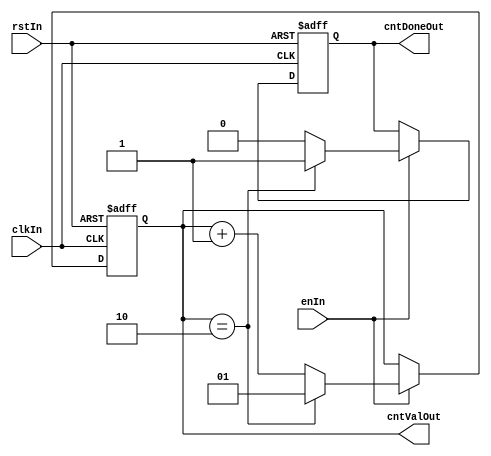
module counter #(
  parameter MAX_CNT = 2, 
  parameter LOOP = 1'b1,
  parameter IS_CNT_DOWN = 1'b0,
  localparam integer CNT_ARR_SIZE = IS_CNT_DOWN?$rtoi($floor($log10(MAX_CNT)/$log10(2)+1)):$rtoi($floor($log10(MAX_CNT)/$log10(2)))
)
(
  input clkIn,
  input rstIn,
  input enIn,
  output cntDoneOut,
  output [CNT_ARR_SIZE:0] cntValOut
);

  // When a parameter is dependent on another parameter, it seems like it will be evaluated last.
  reg [CNT_ARR_SIZE:0] cntValR = 0;
  reg cntDoneR;
  reg enR;

  assign cntDoneOut = cntDoneR;
  assign cntValOut  = cntValR;

  always @ (posedge rstIn, posedge clkIn) begin
    if (rstIn == 1) begin
      cntValR  <= IS_CNT_DOWN?0:MAX_CNT-1;
      cntDoneR <= 0;
      enR      <= 0;
    end

    else if (clkIn == 1) begin
      if (enIn == 1) begin
        cntDoneR <= 0;

        if (IS_CNT_DOWN == 0) begin
          if (cntValR == MAX_CNT) begin
            cntDoneR <= 1;

            if (LOOP == 1) begin
              cntValR  <= 1;
            end
          end

          else begin
            cntValR <= cntValR + 1;
          end
        end

        else begin
          if (cntValR[CNT_ARR_SIZE] == 1) begin
            cntDoneR <= 1;

            if (LOOP == 1) begin
              cntValR  <= MAX_CNT-2;
            end
          end

          else begin
            cntValR <= cntValR - 1;
          end
        end
      end
    end
  end
endmodule